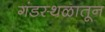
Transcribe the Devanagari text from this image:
गंडस्थळातून